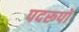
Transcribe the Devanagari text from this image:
पदरूपों